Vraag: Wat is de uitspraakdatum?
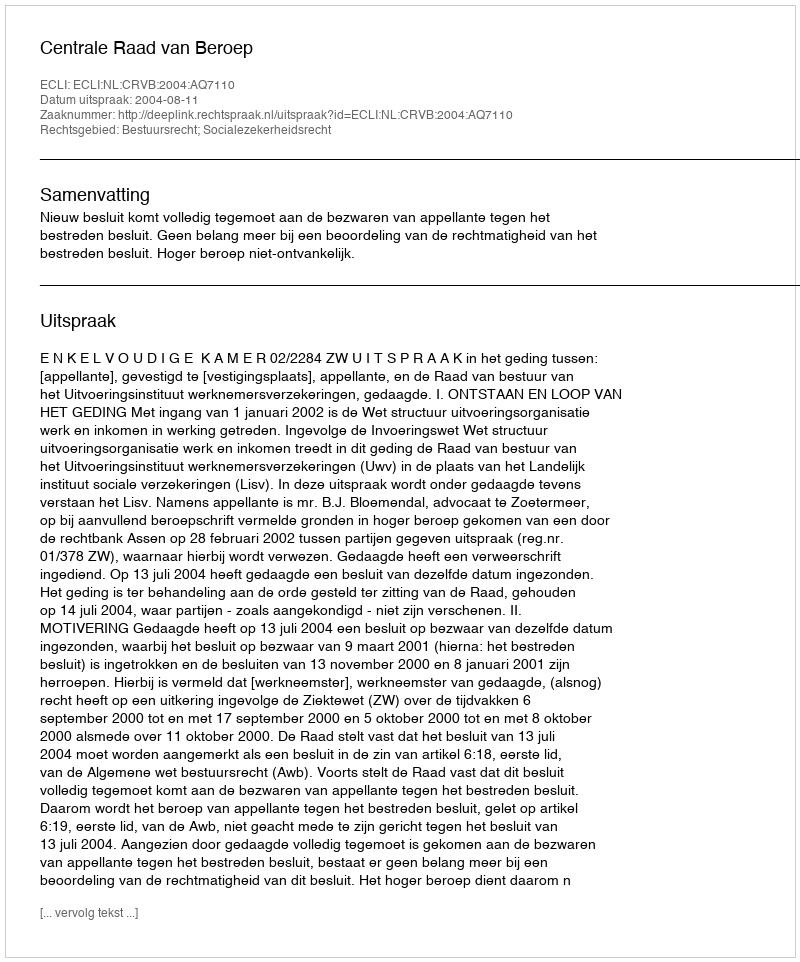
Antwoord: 2004-08-11